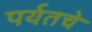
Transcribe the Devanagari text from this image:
पर्यतचे